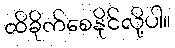
ထိခိုက်စေနိုင်လို့ပါ။